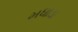
મધાડા